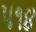
૫૧૪